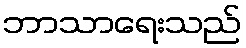
ဘာသာရေးသည်